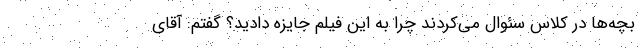
بچه‌ها در کلاس سئوال می‌کردند چرا به این فیلم جایزه دادید؟ گفتم: آقای